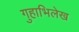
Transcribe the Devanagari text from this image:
गुहाभिलेख